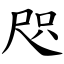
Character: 咫